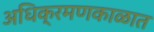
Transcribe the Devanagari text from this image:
अधिक्रमणकाळात